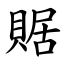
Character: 䝻